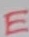
Text: E